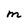
Character: M